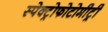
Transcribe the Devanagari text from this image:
स्पेक्ट्रोफोटोमीट्री